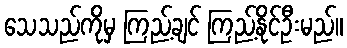
သေသည်ကိုမှ ကြည့်ချင် ကြည့်နိုင်ဦးမည်။